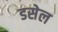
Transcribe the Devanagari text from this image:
डसेल